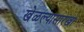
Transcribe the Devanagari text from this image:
खेळल्यासारखा